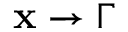
\mathbf { x } \rightarrow \Gamma